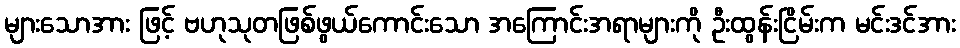
များသောအား ဖြင့် ဗဟုသုတဖြစ်ဖွယ်ကောင်းသော အကြောင်းအရာများကို ဦးထွန်းငြိမ်းက မင်းဒင်အား